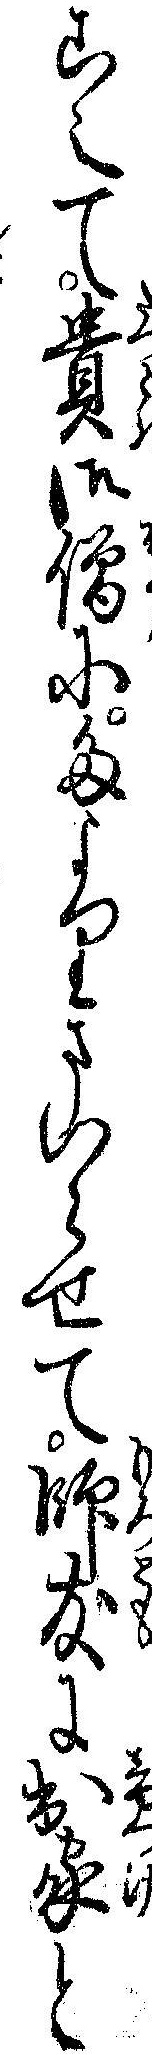
こへて貴御僧にたよりまいらせて師友に出家と